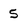
Character: 5